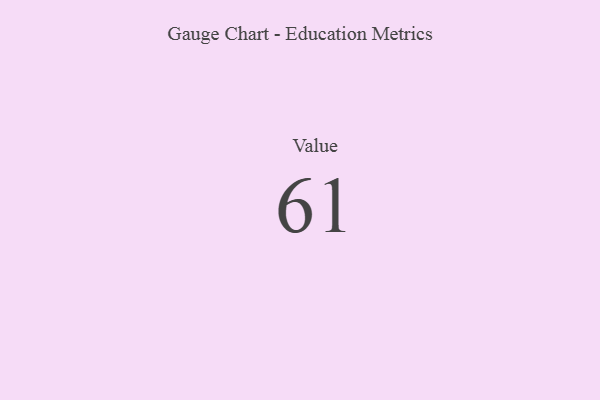
{"axis": {"x": "Metric", "y": "Value"}, "legend": [""], "data": [{"x": "Value", "y": 61, "type": ""}]}